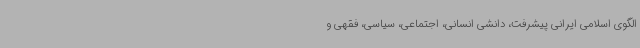
الگوی اسلامی ایرانی پیشرفت، دانشی انسانی، اجتماعی، سیاسی، فقهی و